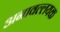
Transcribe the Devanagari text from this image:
अनावल्लयक